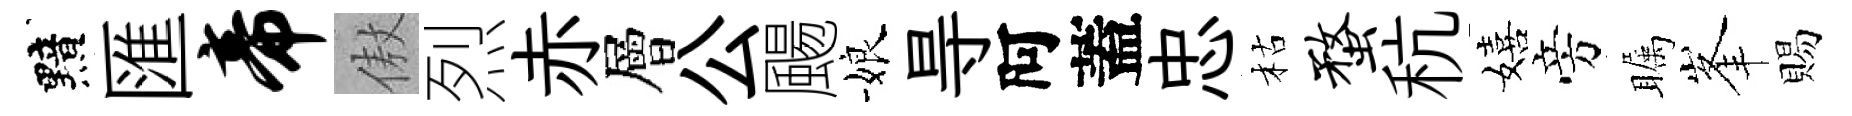
黯匯帝傲烈赤層公颺娘㝵阿蓋忠枯蝥秔嬉旁瞩峯賜